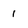
Character: 1